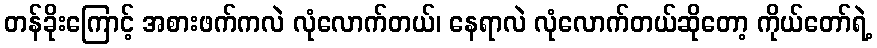
တန်ခိုးကြောင့် အစားဖက်ကလဲ လုံလောက်တယ်၊ နေရာလဲ လုံလောက်တယ်ဆိုတော့ ကိုယ်တော်ရဲ့